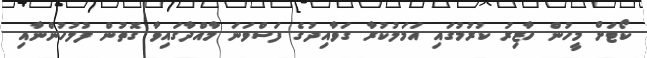
ކޯޓަށް މީހުން ހާޒިރު ކުރުމުގައި އަމަލުކުރާ ގަވާއިދުގެ ފަސްވަނަ މާއްދާގައިވާ ގޮތުން ފުލުހުންނާއި